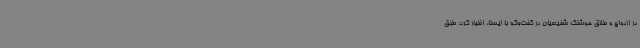
در ازدواج و طلاق هوشنگ شفیعیان در گفت‌وگو با ایسنا، اظهار کرد: طبق